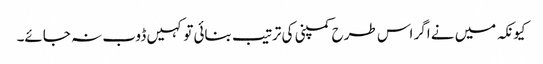
کیونکہ میں نے اگر اس طرح کمپنی کی ترتیب بنائی تو کہیں ڈوب نہ جائے۔